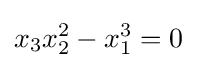
x_{3}x_{2}^{2}-x_{1}^{3}=0